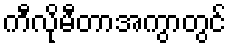
ကီလိုမီတာအကွာတွင်